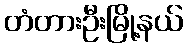
တံတားဦးမြို့နယ်